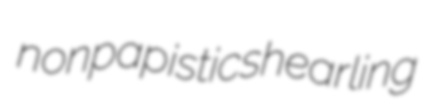
nonpapistic shearling